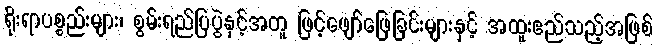
ရိုးရာပစ္စည်းများ၊ စွမ်းရည်ပြပွဲနှင့်အတူ ဖြင့်ဖျော်ဖြေခြင်းများနှင့် အထူးဧည်သည့်အဖြစ်